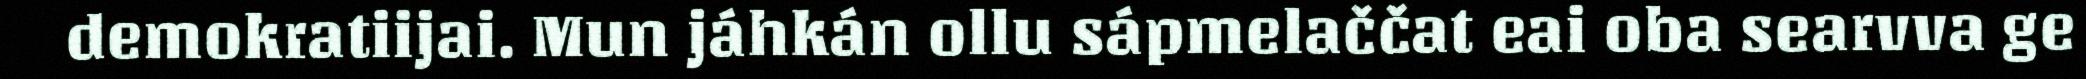
demokratiijai. Mun jáhkán ollu sápmelaččat eai oba searvva ge